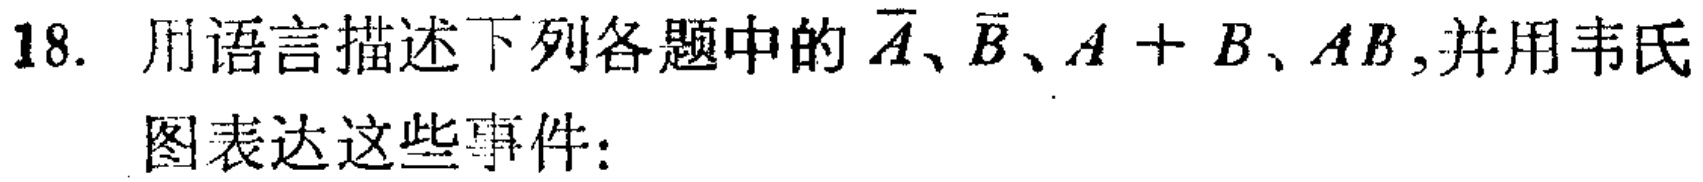
18. 用语言描述下列各题中的$\overline{A}$、$\overline{B}$、$A + B$、$AB$,并用韦氏图表达这些事件：